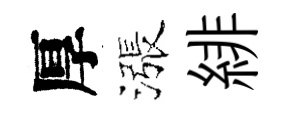
厚漲緋